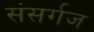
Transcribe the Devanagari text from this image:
संसर्गज